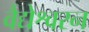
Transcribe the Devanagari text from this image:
वैद्येश्वरन